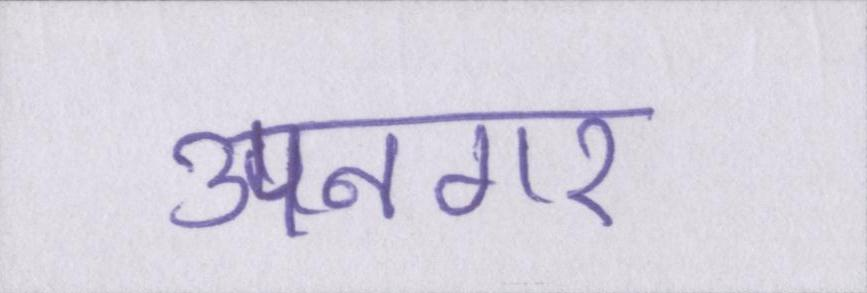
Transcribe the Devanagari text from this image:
उपनगर